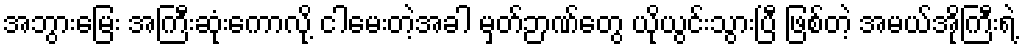
အဘွားမြေး အကြီးဆုံးကောလို့ ငါမေးတဲ့အခါ မှတ်ဉာဏ်တွေ ယိုယွင်းသွားပြီ ဖြစ်တဲ့ အမယ်အိုကြီးရဲ့